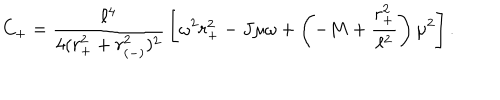
C _ { + } = { \frac { \ell ^ { 4 } } { 4 ( r _ { + } ^ { 2 } + r _ { ( - ) } ^ { 2 } ) ^ { 2 } } } \left[ \omega ^ { 2 } r _ { + } ^ { 2 } - J \mu \omega + \left( - M + { \frac { r _ { + } ^ { 2 } } { \ell ^ { 2 } } } \right) \mu ^ { 2 } \right] .